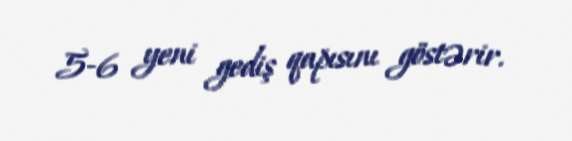
5-6 yeni gediş qapısını göstərir.